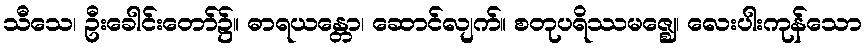
သီသေ၊ ဦးခေါင်းတော်၌။ ဓာရယန္တော၊ ဆောင်လျက်။ စတုပရိဿမဇ္ဈေ၊ လေးပါးကုန်သော